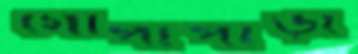
গোপীপাড়া